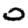
Digit: 0